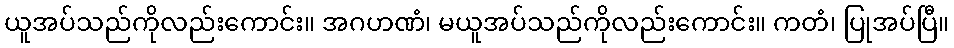
ယူအပ်သည်ကိုလည်းကောင်း။ အဂဟဏံ၊ မယူအပ်သည်ကိုလည်းကောင်း။ ကတံ၊ ပြုအပ်ပြီ။